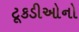
ટૂકડીઓનો